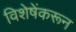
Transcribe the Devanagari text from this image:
विशेषेंकरून